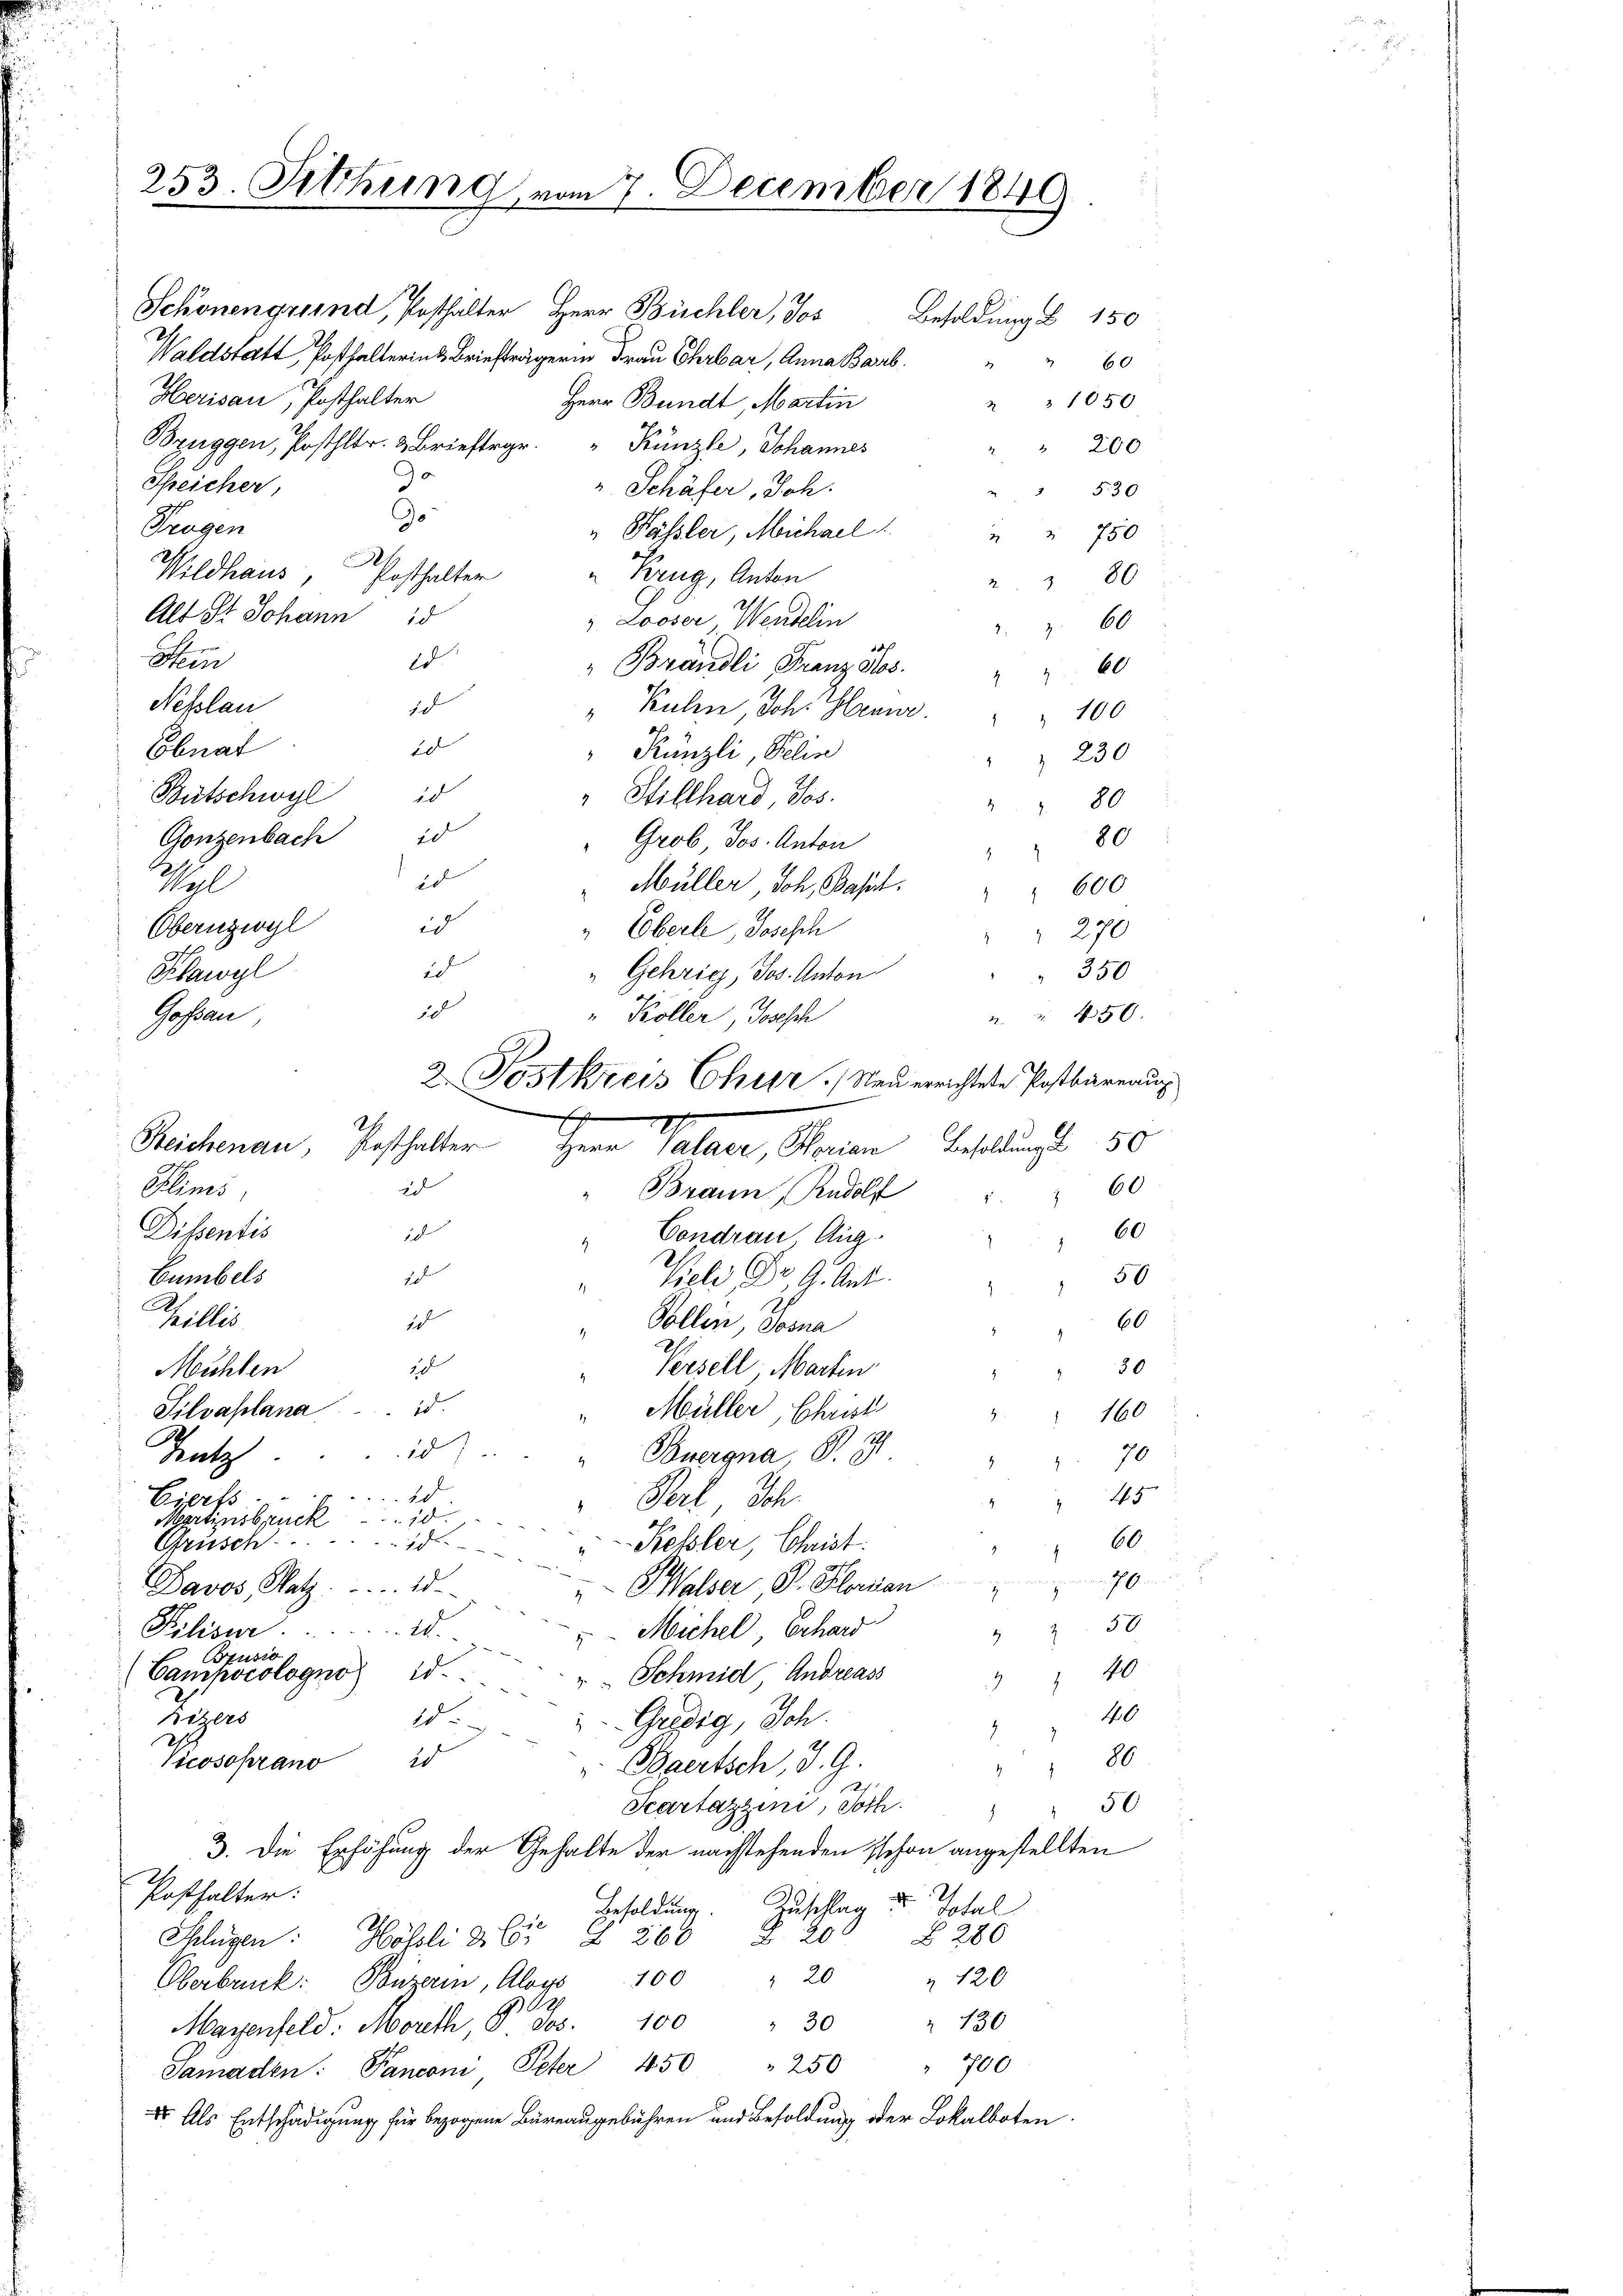
253. Sitzung vom 7. December 1849

Schönengrund, Posthalter Herr Büchler, Jos
Waldstatt, Posthalterins Briefträgerin Frau Ehrbar, Anna Barb.
Herisau, Posthalter
Herr Bundt, Martin
Bruggen, Posthlr. & Brieftrgr.
Künzle, Johannes
Jo
Speicher,
Schäfer, Joh.
5
Trogen
" Fässler, Michael
6
Wildhaus,
" Krug, Anton
Posthalter
 80
Alt St. Johann 15
 Looser, Wendelin
 60
t
ld
Stein
"Brändli, Franz gros
60
Nefslan
10
" Kuhn, Joh. Heinr. " " 100
d
Ebnat
Rünzli, Pelin
230
ud
Bütschwyl
" Stillhard, Jos.
80
Gonzenbach d
80
Grob, Jos. Anton
id
Thel
" Müller, Joh. Basel " " 600
id
Obernzwyl
 Eberle, Josesch
"Gehrig, Jos. Anton
id
Klawyl
Goßau,
Plinis
Dissentis
6
Cumbels
8
Thillis
E
Mühlen
B
Silvaplana . . .
Müller, Christ
160
.
10
Buergna, S. 9
Tratz
70
Id
Eierss
Perl Joh.
43
.
Martinsbruck d
60
Grusch.
7
Kessler, Christ.
Davos, Satz. ... 15.
" SWalser, P. Klarvon 70
37
Pilisir.
20
 Michel, Erhard
z
Brusio
Campocolognos is
Schmid Andreass
 40
40
hegers
1.
Gredig, Sch.
86
20
Vicosoprano
 Baertsch, J. G.
7
50
Scartazzini, Toch
c
3. Die Erhöhung der Gehalte der nachstehenden Eschon angestellten
Posthalter:
Besoldung. Zuschlag des Johal
B 286
Shlügen: Hösli & Co. § 260 § 20
 120
Überbruck: Puzern, Aloys 100 " 20
g
Marenfeld. Moreth, P. Jos. 100 " 30 " 130
Samaden: Panconi, Peter 450 " 250 " 700
I. Als Entschädigung für bezogene Büreau gebühren und Besoldung oder Lokalboten

" Köller, Josesch
2. Postkreis Cher. Neu errichtete Postbüreau

Reichenau, Resthalter Herr Palacr, Horian Besoldung 50
2d
Brann, Rudolf

Condrau Aug.
2
Teli, Dr. G. Ant.
10
Vollen, Josna
20
Versell, Marten

id
u
I

Besoldung § 150
"60
2 § 1050
" 200
3 530

" " 750

" 270
350
 " 450.
2 " 60